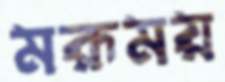
মরূময়